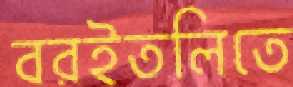
বরইতলিতে